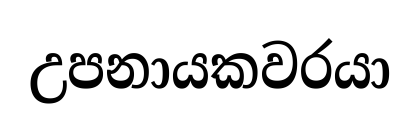
උපනායකවරයා